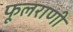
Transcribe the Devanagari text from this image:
फूलराणी